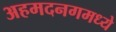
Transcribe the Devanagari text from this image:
अहमदनगमध्ये